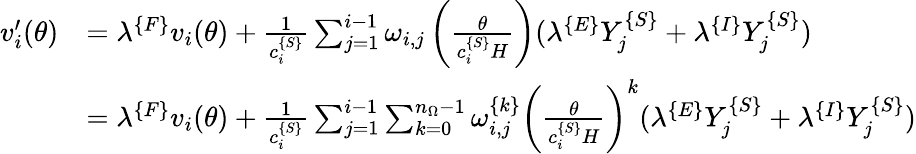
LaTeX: \begin{array}{rl}{v_{i}^{\prime}(\theta)}&{=\lambda^{\{ F\} }v_{i}(\theta)+\frac{1}{c_{i}^{\{ S\} }}\sum_{j=1}^{i-1}\omega_{i,j}\left(\frac{\theta}{c_{i}^{\{ S\} }H}\right)(\lambda^{\{ E\} }Y_{j}^{\{ S\} }+\lambda^{\{ I\} }Y_{j}^{\{ S\} })}\\ &{=\lambda^{\{ F\} }v_{i}(\theta)+\frac{1}{c_{i}^{\{ S\} }}\sum_{j=1}^{i-1}\sum_{k=0}^{n_{\Omega}-1}\omega_{i,j}^{\{ k\} }\left(\frac{\theta}{c_{i}^{\{ S\} }H}\right)^{k}(\lambda^{\{ E\} }Y_{j}^{\{ S\} }+\lambda^{\{ I\} }Y_{j}^{\{ S\} })}\end{array}